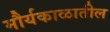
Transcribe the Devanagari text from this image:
मौर्यकाळातील